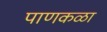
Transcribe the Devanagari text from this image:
पाणकळा